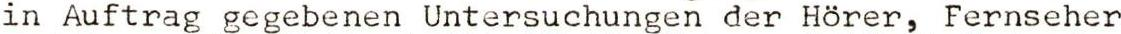
in Auftrag gegebenen Untersuchungen der Hörer, Fernseher